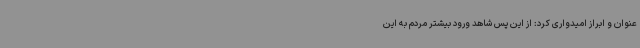
عنوان و ابراز امیدواری کرد: از این پس شاهد ورود بیشتر مردم به این